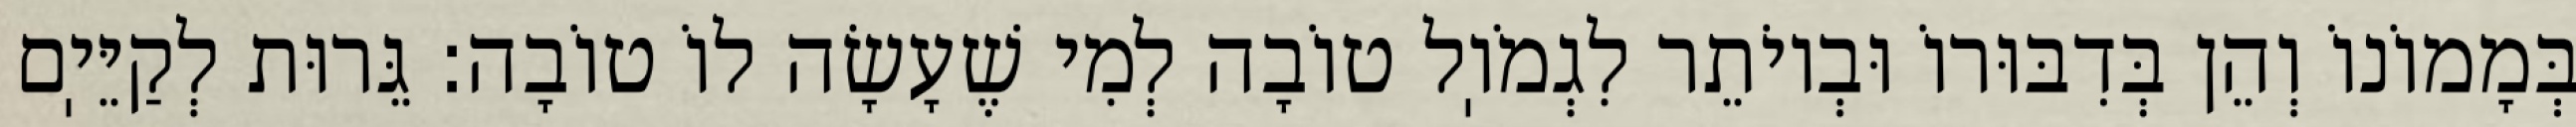
בְּמָמוֹנוֹ וְהֵן בְּדִבּוּרוֹ וּבְיוֹתֵר לִגְמֹוֽל טוֹבָה לְמִי שֶׁעָשָׂה לוֹ טוֹבָה: גֵּרוּת לְקַיֵּיֽם